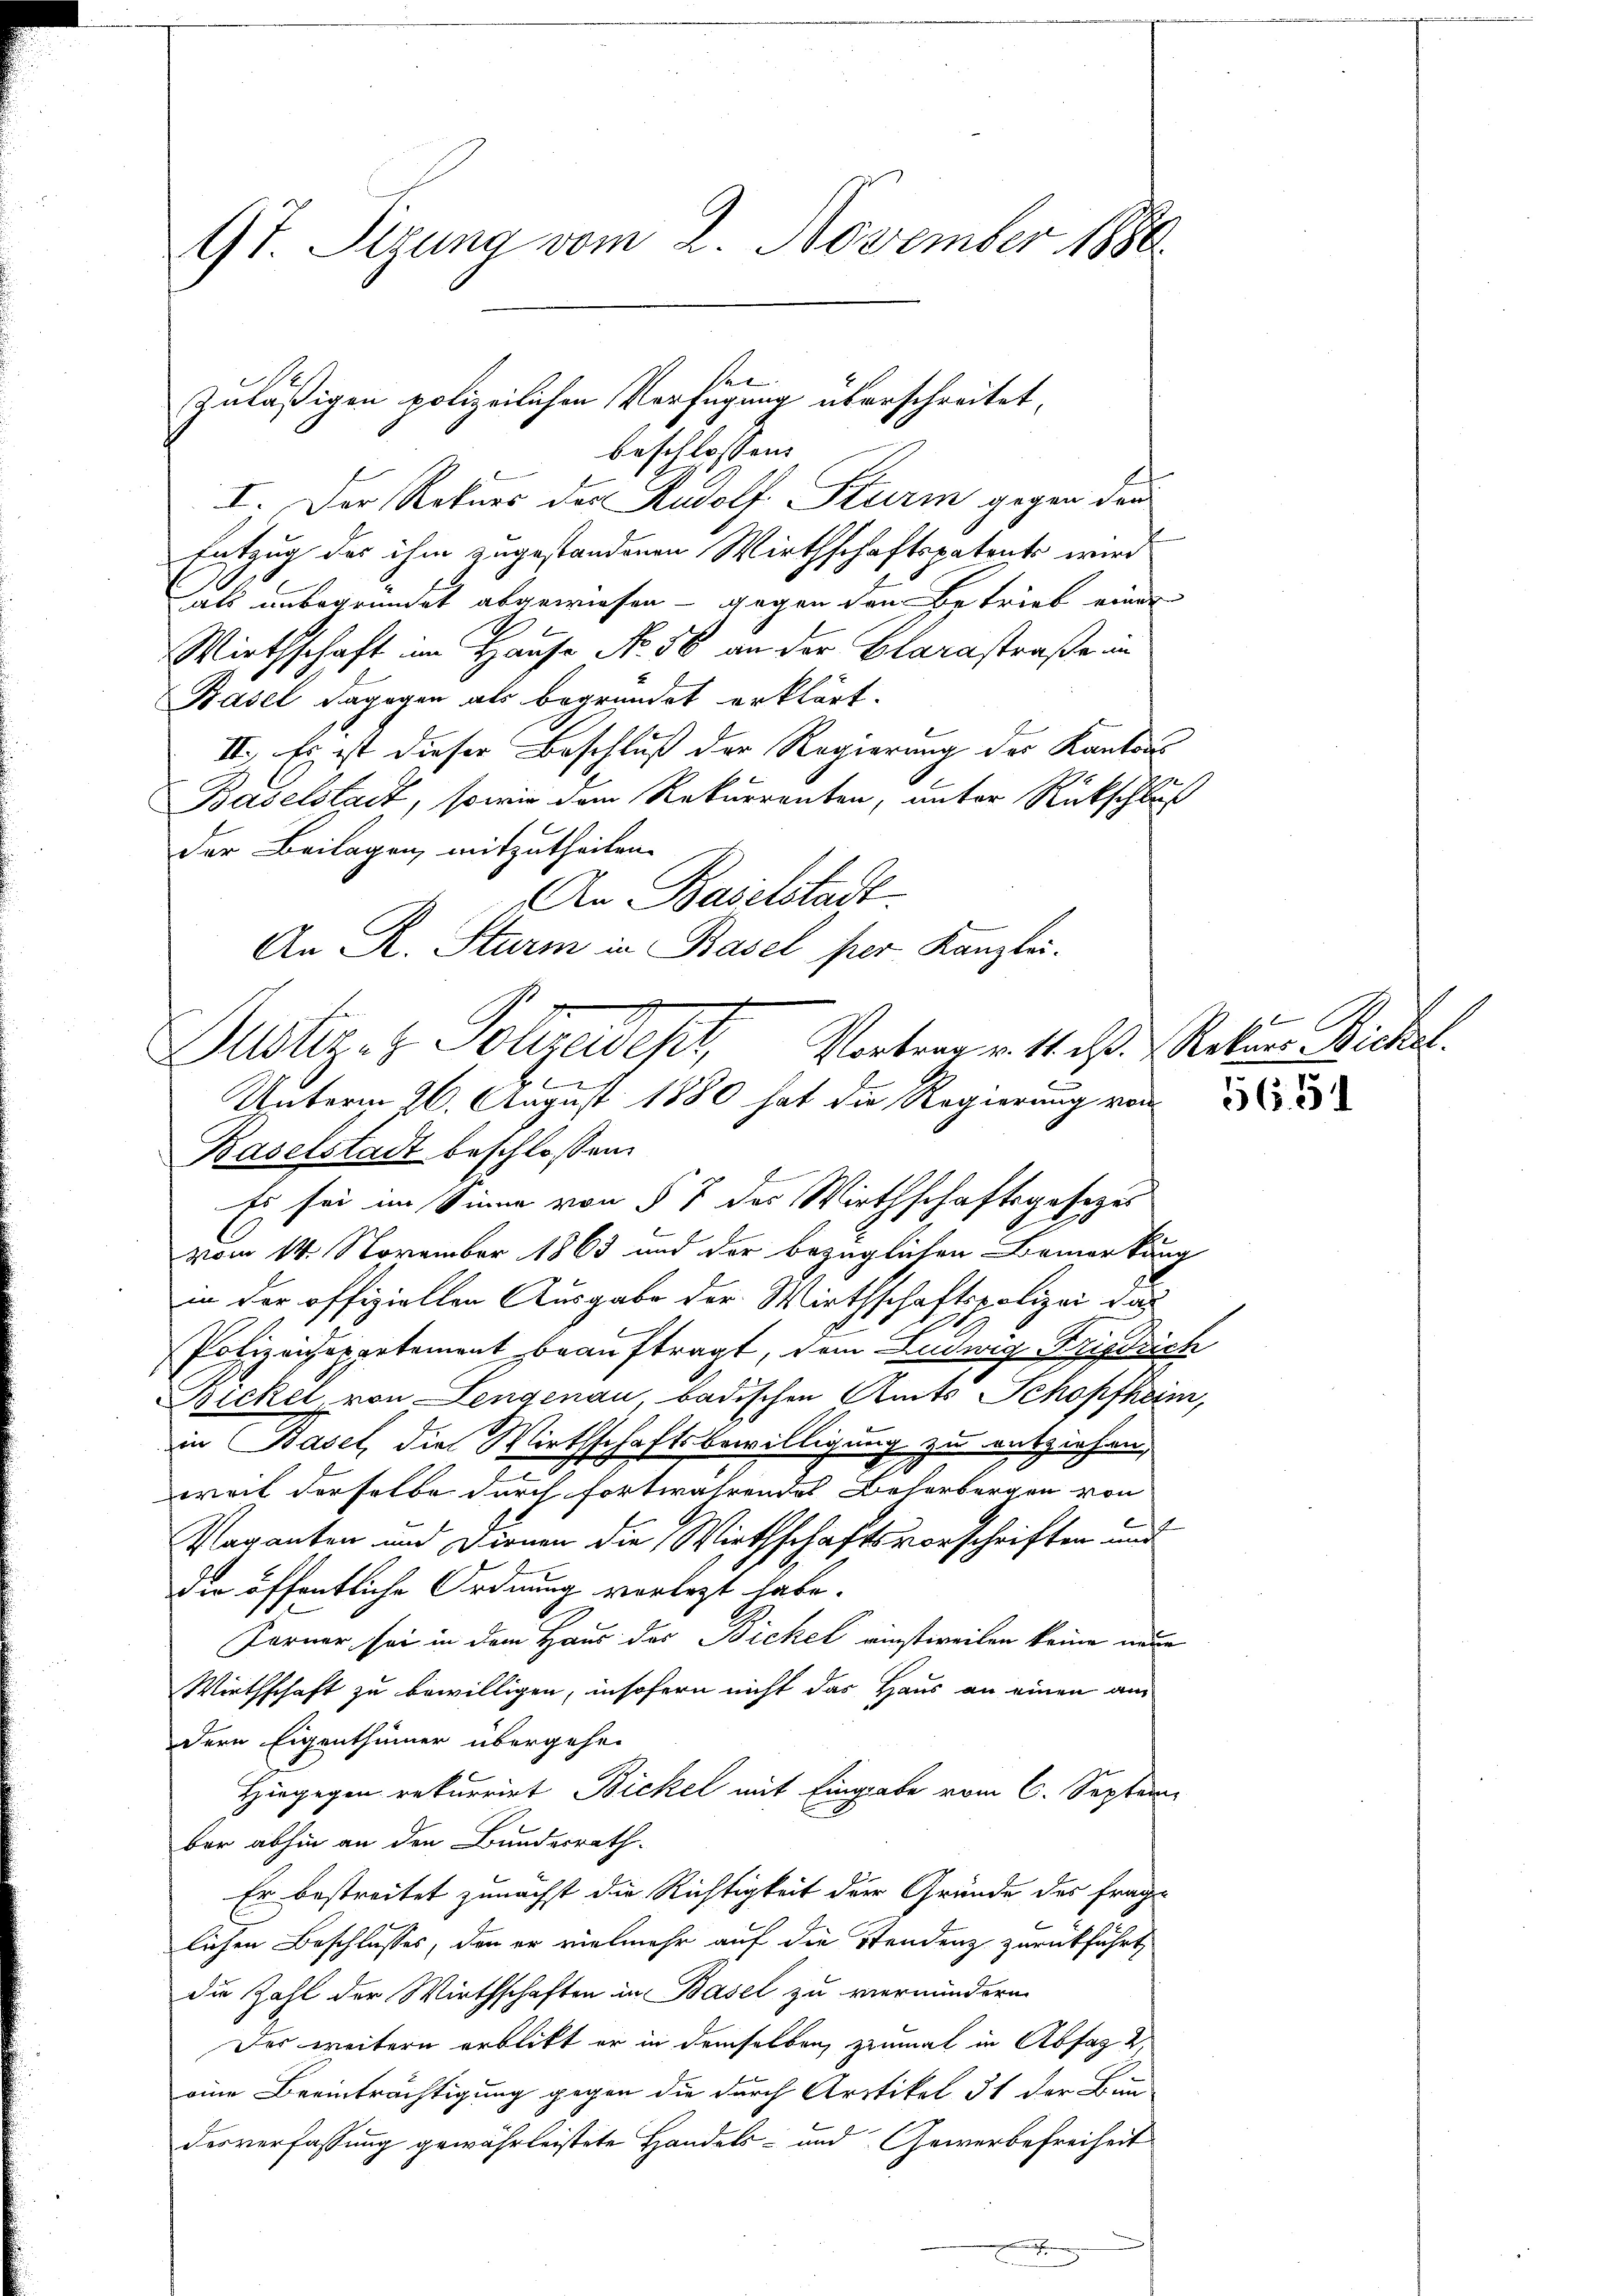
97. Sizung vom 2. November 1880

en
zuläßigen polizeilichen Verfügung überschreitet,
beschlossen:

I. Der Rekurs des Rudolf Sturm gegen den
Entzug des ihm zugestandenen Wirthschaftspatents wird
aals unbegründet abgewiesen - gegen den Betrieb einer
Wirthschaft im Hause No. 50 an der Clarastraße in
Basel dagegen als begründet erklärt.
II. Es ist dieser Beschluß der Regierung der Kantons
Baselstadt, sowie dem Rekurrenten, unter Rückschluß
der Beilagen, mitzutheilen.
An Baselstadt
Baselstadt beschlossen:
Es sei im Sinne von § 7 des Wirthschaftsgesezes
vom 14. November 1863 und der bezüglichen Bemerkung
in der offiziellen Ausgabe der Wirthschaftspolizei das
Polizeichepartement beauftragt, dem Ludwig Friedrich
Bickel, von Lengenau, badischen Amts Schopfheim,
in Basel, die Wirthschaftsbewilligung zu entziehen.
weil derselbe durch fortwährendes Beherbergen von
d
Vaganten und Dirnen die Wirthschaftsvorschriften und
E
die öffentliche Ordnung vorlegt habe.
Forner sei in dem Haus des Bichel einstweilen keine neue
Wirthschaft zu bewilligen, insofern nicht das Haus an einen am
dern Eigenthümer übergehen
Hingegen rekurrirt Bickel mit Eingabe vom 6. Septem
ber abhin an den Bundesrath.
Er bestreitet zunächst die Richtigkeit der Gründe des frag-
lichen Beschlusses, den er vielmehr auf die Stendenz zurückführt,
die Zahl der Wirthschaften in Basel zu vermindern
Des weitern erblickt er in demselben zinmal in Abfaz 2
eine Beeinträchtigung gegen die durch Artikel 31 der Bun
desverfassung gewährleistete Handels- und Gewerbefreiheit

An R. Sturm in Basel per Kanzlei.
Vortrag v. 11. d. Rekurs Bickel.
Justiz- & Polizeideser
e
Unterm 26. August 1880 hat die Regierung von